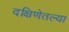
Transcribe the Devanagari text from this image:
दक्षिणेतल्या